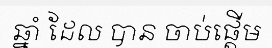
ឆ្នាំ ដែល បាន ចាប់ផ្តើម